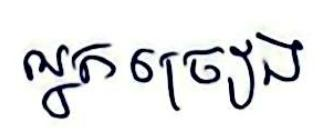
អ្នកច្រៀង